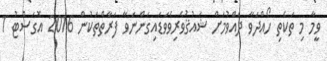
ވީމާ މި ތަކެތި ހޯއްދަވާ ދެއްވުމަށް ޝައުޤުވެރިވެވަޑައިގަންނަވާ ފަރާތްތަކުން 2016 އޮގަސްޓު 1